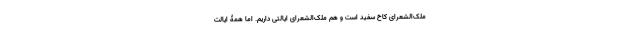
ملک‌الشعرای کاخ سفید است و هم ملک‌الشعرای ایالتی داریم. اما همۀ ایالت